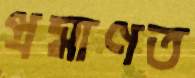
প্রমাণত